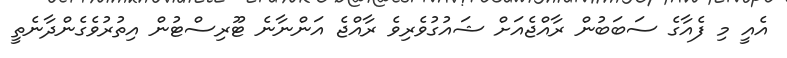
އެއީ މި ފެއާގެ ސަބަބުން ރާއްޖެއަށް ޝައުގުވެރިވެ ރާއްޖެ އަންނާނެ ޓޫރިސްޓުން އިތުރުވެގެންދާނެތީ